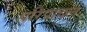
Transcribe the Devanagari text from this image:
परिपादल